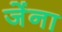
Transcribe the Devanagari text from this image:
जेंना